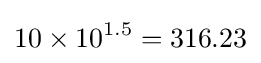
10\times 10^{1.5}=316.23